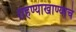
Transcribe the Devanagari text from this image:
राहण्याखाण्याचे